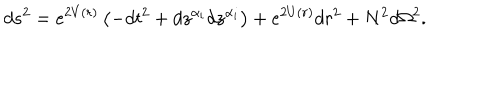
LaTeX: d s ^ { 2 } = e ^ { 2 V ( r ) } \left( - d t ^ { 2 } + d z ^ { \alpha _ { i } } d z ^ { \alpha _ { i } } \right) + e ^ { 2 U ( r ) } d r ^ { 2 } + N ^ { 2 } d \Omega ^ { 2 } .